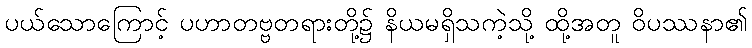
ပယ်သောကြောင့် ပဟာတဗ္ဗတရားတို့၌ နိယမရှိသကဲ့သို့ ထို့အတူ ဝိပဿနာ၏